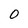
Character: 0